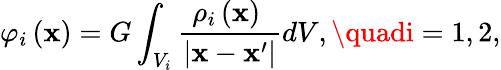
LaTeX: \varphi_{i}\left(\mathbf{x}\right)=G\int_{V_{i}}\frac{{\rho_{i}\left(\mathbf{x}\right)\ }}{{\vert\mathbf{x}-\mathbf{x}^{\prime}\vert}}dV,\quadi=1,2,